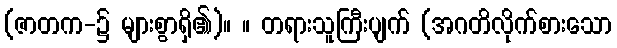
(ဇာတက-၌ များစွာရှိ၏)။ ။ တရားသူကြီးပျက် (အဂတိလိုက်စားသော